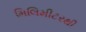
મિલિમીટરથી